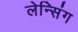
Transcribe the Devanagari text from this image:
लेन्सिंग